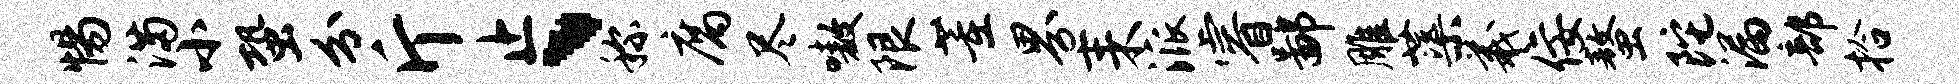
惕满小蛩分斤止、称腐尽嗷限董界耒派睿鄙雕蕖羲佞螯陀漏部拾